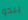
يبدو